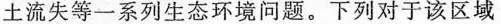
土流失等一系列生态环境问题。下列对于该区域